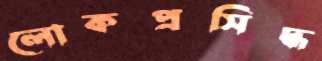
লোকপ্রসিদ্ধ